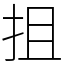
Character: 抯